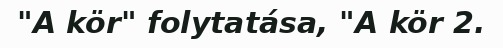
"A kör" folytatása, "A kör 2.